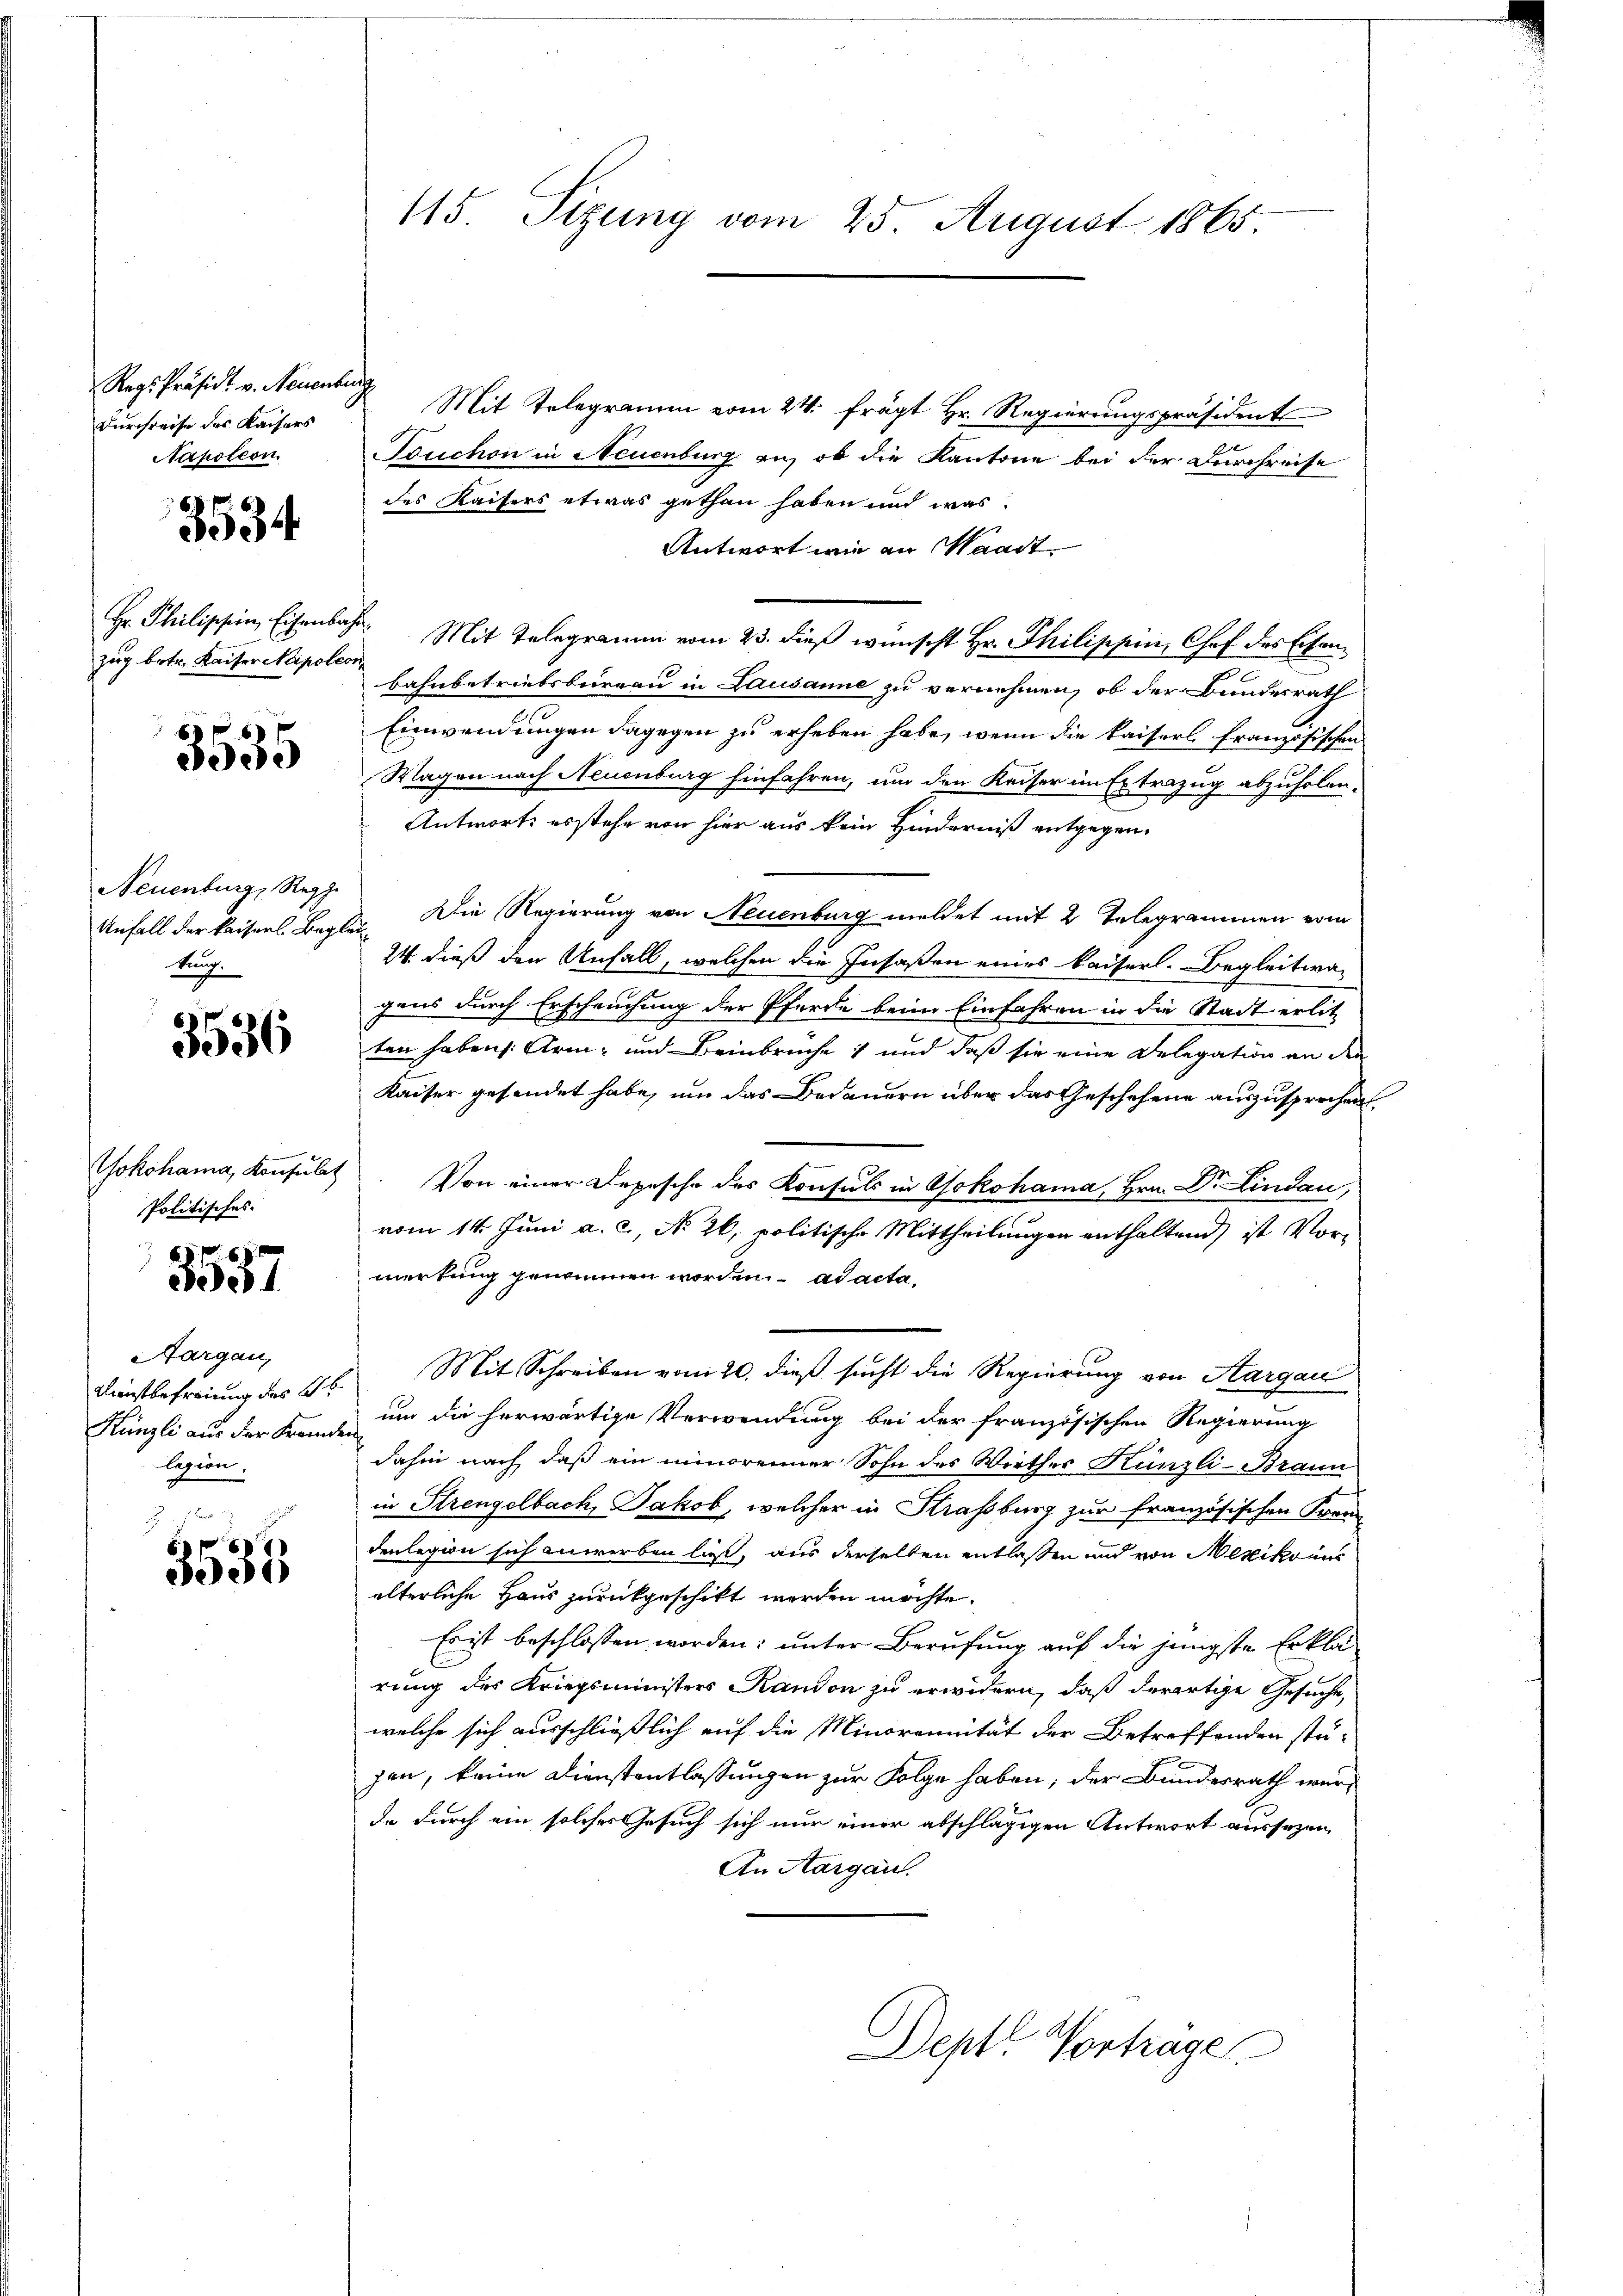
Regs Präsidt v. Neuenburg
Durchreise des Kaisers
Napoleon

3534

zug betr. Kaiser Napoleon

60 x
5535

Neuenburg, Rappe
kung.

3536

Yokohama, Konsulat
Politisches.

3537

Aargau,
Klienstbefreiung des Gr
Künzli aus der Fremden
legion.

3535

Mit Telegramm vom 24. frägt Hr. Regierungspräsident
Bouchon in Neuenburg an, ob die Kantone bei der Durchreise
des Kaisers etwas gethan haben und was
Antwort wie an Waadt.
Hr Philippin, Eisenbach. Mit Telegramm vom 23. dieß wünscht Hr. Philippin, Chef des Eisenbahnbetriebsbureau in Lausanne zu vernehmen, ob der Bundesrath
Einwendungen dagegen zu erheben habe, wenn die Kaiserl französischen
Wagen nach Neuenburg hinfahren, um den Kaiser im Extrazug abzuholen.
Antworts erstehe von hier aus kein Hinderniß entgegen.
Anfall der kaisers Begler. Die Regierung von Neuenburg meldet mit 2 Telegrammen vom
24 dieß den Anfall, welchen die Insaßen eines Kaiserl. Begleitwa-
gners durch Erscheuchung der Pferde beim Einfahren in die Stadt erlitz
ten habens: Arm- und Beinbrüche und daß sie eine Delegation an den
Kaiser gesendet habe, um das Bedauern über das Geschehene auszusprechen.
Von einer Depesche des Konsuls in Yokohama, Hrn. Dr. Lindau,
vom 14. Juni a. c., No 26. politische Mittheilungen enthaltend ist Vormerkung genommen worden. ad acta.
Mit Schreiben vom 20. dieß sucht die Regierung von Aargau
um die herwärtige Verwendung bei der französischen Regierung
dahin nach daß ein minorenner Sohn des Wirther Künzli-Braun
in Strengelbach, Jakob, welcher in Strassburg zur französischen Freu
denlegion sich anwerben ließ, aus derselben entlassen und von Mesikonis
älterliche Haus zurückgeschikt werden möchte.
Er ist beschlossen worden; unter Berufung auf die jüngste Erklärung des Kriegsministers Randon zu erwidern, daß derartige Gesuche,
welche sich ausschließlich auf die Minorennität der Betreffenden stu-
gen, keine Dienstentlassungen zur Folge haben; der Bundesrath werde durch ein solches Gesuch sich nur einer abschlägigen Antwort aussezen,
An Aargau.
Deptl Vortrage

115. Sizung vom 25. August 1865